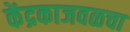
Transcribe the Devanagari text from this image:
केंद्रकाजवळचा